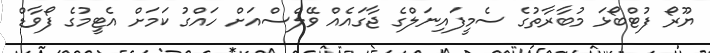
ޔޫރޯ ފުޓްބޯޅަ މުބާރާތުގެ ސެމީފައިނަލްގެ ޖާގައެއް ވޭލްސްއަށް ހައްގު ކަމަށް އެޓީމުގެ ފޯވާޑް